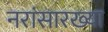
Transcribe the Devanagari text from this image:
नरांसारख्या